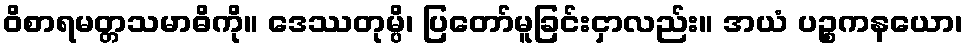
ဝိစာရမတ္တသမာဓိကို။ ဒေဿတုမ္ပိ၊ ပြတော်မူခြင်းငှာလည်း။ အယံ ပဉ္စကနယော၊